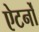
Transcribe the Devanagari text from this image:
ऐटर्नों